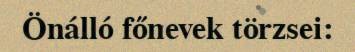
Önálló főnevek törzsei: